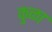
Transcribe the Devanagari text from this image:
कुळा